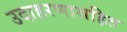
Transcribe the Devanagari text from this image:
उदाहरणासहित